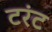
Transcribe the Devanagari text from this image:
टरंट